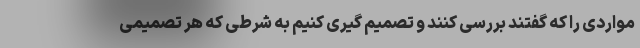
مواردی را که گفتند بررسی کنند و تصمیم گیری کنیم به شرطی که هر تصمیمی